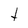
Character: t